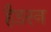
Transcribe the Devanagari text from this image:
हैडरन